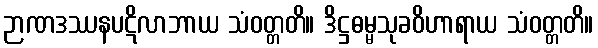
ဉာဏဒဿနပဋိလာဘာယ သံဝတ္တတိ။ ဒိဋ္ဌဓမ္မသုခဝိဟာရာယ သံဝတ္တတိ။